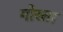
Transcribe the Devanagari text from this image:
गोस्ता